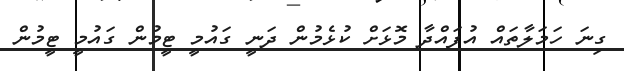
ގިނަ ހަމަލާތައް އުފައްދާ މޮޅަށް ކުޅެމުން ދަނީ ގައުމީ ޓީމުން ގައުމީ ޓީމުން